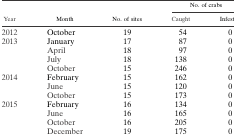
<table><thead><tr><td rowspan="2"><b>Year</b></td><td rowspan="2"><b>Month</b></td><td rowspan="2"><b>No. of sites</b></td><td colspan="2"><b>No. of crabs</b></td></tr><tr><td><b>Caught</b></td><td><b>Infested</b></td></tr></thead><tbody><tr><td>2012</td><td>October</td><td>19</td><td>54</td><td>0</td></tr><tr><td rowspan="4">2013</td><td>January</td><td>17</td><td>87</td><td>0</td></tr><tr><td>April</td><td>18</td><td>97</td><td>0</td></tr><tr><td>July</td><td>18</td><td>138</td><td>0</td></tr><tr><td>October</td><td>15</td><td>246</td><td>0</td></tr><tr><td rowspan="3">2014</td><td>February</td><td>15</td><td>162</td><td>0</td></tr><tr><td>June</td><td>15</td><td>120</td><td>0</td></tr><tr><td>October</td><td>15</td><td>173</td><td>0</td></tr><tr><td rowspan="4">2015</td><td>February</td><td>16</td><td>134</td><td>0</td></tr><tr><td>June</td><td>16</td><td>165</td><td>0</td></tr><tr><td>October</td><td>16</td><td>205</td><td>0</td></tr><tr><td>December</td><td>19</td><td>175</td><td>0</td></tr></tbody></table>